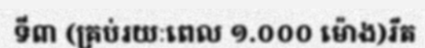
ទី៣ (គ្រប់រយៈពេល ១.០០០ ម៉ោង)រឹត